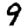
Digit: 9